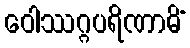
ဝေါဿဂ္ဂပရိဏာမိံ